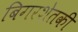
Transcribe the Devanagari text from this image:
बिगरशेतकी